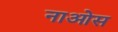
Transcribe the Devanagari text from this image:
नाओस